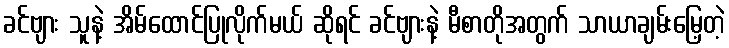
ခင်ဗျား သူနဲ့ အိမ်ထောင်ပြုလိုက်မယ် ဆိုရင် ခင်ဗျားနဲ့ မီစာတိုအတွက် သာယာချမ်းမြေ့တဲ့